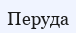
Перуда